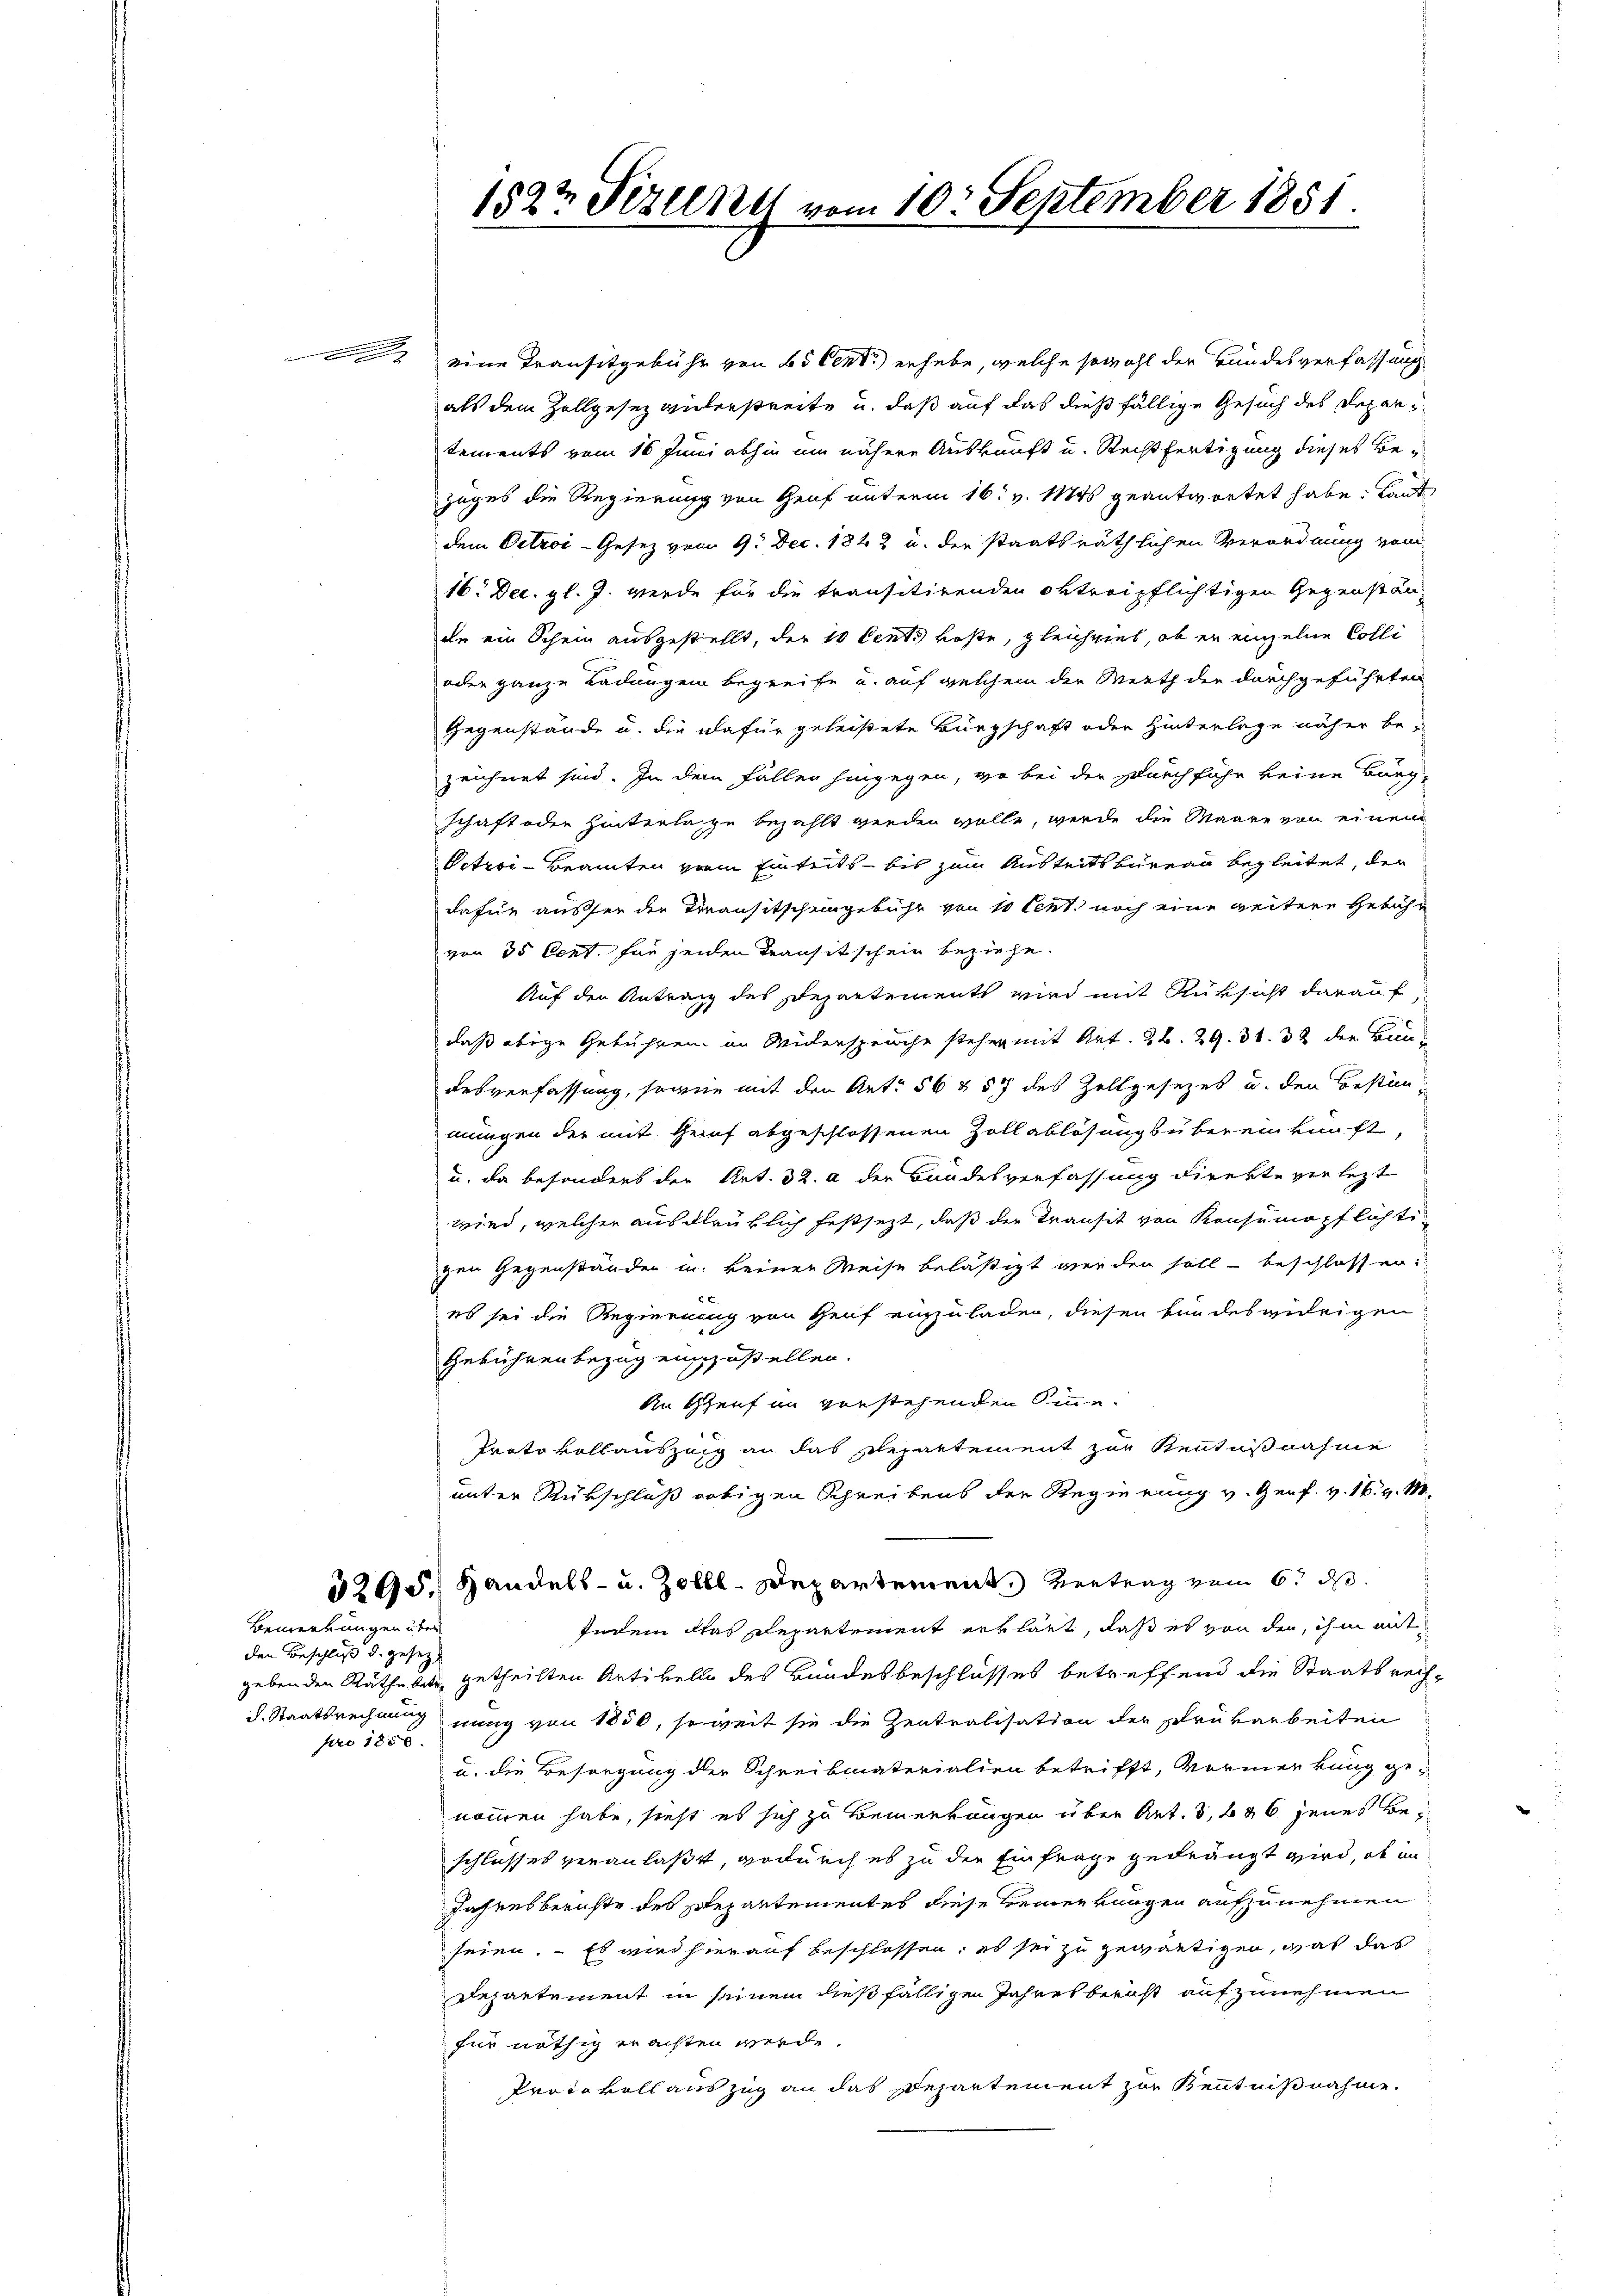
Bemerkungen über

den Beschluß d. gesezt
pro 1850.

1822 Fezelne vom 10. September 1851.

eine Transitgebühr von 60 Cent) erhebe, welche sowohl der Bundesverfassung
als dem Zollgesez widerstreite u. daß auf das dießfällige Gesuch des Departements vom 16 Juni abhin um nähere Auskunft u. Rechtfertigung dieses Bezuges die Regierung von Genf unterm 16. v. Mts geantwortet habe. Laut
dem Oetzoi-Gesez vom 9. Dec. 1822 u. der staatsräthlichen Verordnung vom
16. Dec. gl. J. werde für die transitirenden oktreipflichtigen Gegenstän-
de ein Schein ausgestellt, der 10 Cents koste, gleichviel, ob er einzelne Colli
oder ganze Ladungen begreife u. auf welchem der Werth der durchgeführten
Gegenstände u. die dafür geleistete Bürgschaft oder Hinterlage näher bezeichnet sind. In dem Fällen hingegen, wo bei der Durchführ keine Bürg-
schaft oder hinterlage bezahlt werden wolle, werde die Maare von einen
Petroi-Beamten von Einseits - bis zum Anstreits bureau begleitet, der
dafür ausser der Transitscheingebühr von 10 Cent noch eine weitere Gebühr
von 35 Cert. für jeden Transitschein beziehe.
Auf den Antrag des Departements wird mit Rüksicht darauf
daß obige Geführen im Widerspruche stehen mit Art. 26. 29. 31. 32 der Bendesverfassung, sowie mit den Art. 56 § 57 des Zollgesezes u. den Bestimmungen der mit Genf abgeschlossenen Zollablösungsübereinkunft,
u. da besondert der Art. 32. a der Bundesverfassung direkte verletzt
wird, welcher ausglrüklich festsezt, daß der Transit von Konsumopflichtigen Gegenständen in keiner Weise belästigt werden soll - beschlossen:
es sei die Regierung von Graf einzuladen, diesen für des widrigen
Gebührenbezug einzustellen.
An Genf im verstehenden Sinne.
Protokollauszeig an das Repartement zur Kenntnißnahme
unter Rückschluß vobigen Schreibens der Regierung v. Genf. v. 16. v. M.
3295, Handels- u. Zolll-Departement. Vertrag vom 6. ds.
Indem das Repartement erklärt, daß es von den, ihm mit
gebenden Räthe betr. getheilten Artikeln des Bundesbeschlusses betreffend die Staatsrechd. Staatsrechnung nung von 1850, so weit sie die Zentralisation der rükarbeiten
u. die Besorgung der Schreibmaterialien betrifft, vormerkung genommen habe, sieht es sich zu Bemerkungen über Art. 3, 626 jenes Beschlusses veranlaßt, wodurch es zu der Einfrage gedrängt wird, ob in
Jahresberuhte des Departementes diese Bemerkungen aufzunehmen
seien. – Es wird hierauf beschlossen; es sei zu gewärtigen, was das
Departement in seinem dießfälligen Jahres berust aufzunehmen
für nöthig erachten werde.
Protokoll auszug an das Departement zur Kenntnißnahme.